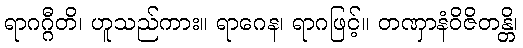
ရာဂဂ္ဂီတိ၊ ဟူသည်ကား။ ရာဂေန၊ ရာဂဖြင့်။ တဏှာနံဝိဇိတန္တိ၊